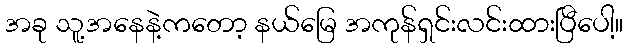
အခု သူ့အနေနဲ့ကတော့ နယ်မြေ အကုန်ရှင်းလင်းထားပြီပေါ့။